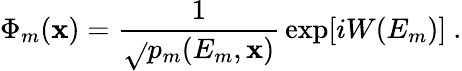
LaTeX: \Phi_{m}(\mathbf{x})={\frac{{1}}{{\sqrt{}{{p_{m}(E_{m},\mathbf{x})}}}}}\exp[iW(E_{m})]\ .